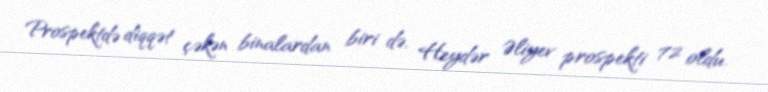
Prospektdə diqqət çəkən binalardan biri də, Heydər Əliyev prospekti 72 oldu.